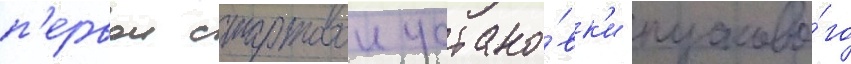
п'ервои стартовои устано́вк'и пусково́го